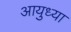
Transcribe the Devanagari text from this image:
आयुध्या